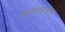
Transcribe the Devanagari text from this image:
सार्वकालीन